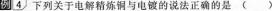
例4.下列关于电解精炼铜与电镀的说法正确的是（）